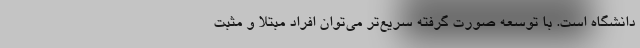
دانشگاه است. با توسعه صورت گرفته سریع‌تر می‌توان افراد مبتلا و مثبت